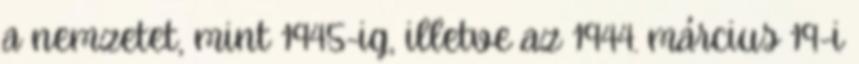
a nemzetet, mint 1945-ig, illetve az 1944. március 19-i